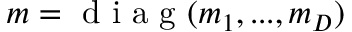
m = \mathrm { ~ d ~ i ~ a ~ g ~ } ( m _ { 1 } , . . . , m _ { D } )